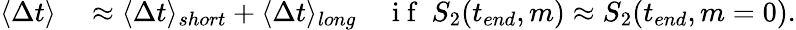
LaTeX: \begin{array}{rlr}{\langle\Delta t\rangle}&{{}\approx\langle\Delta t\rangle_{short}+\langle\Delta t\rangle_{long}}&{\mathrm{~i~f~}~S_{2}(t_{end},m)\approx S_{2}(t_{end},m=0).}\end{array}